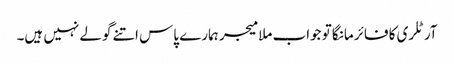
آرٹلری کا فائر مانگا تو جواب ملا میجر ہمارے پاس اتنے گولے نہیں ہیں۔